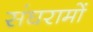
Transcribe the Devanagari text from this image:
संघरामों